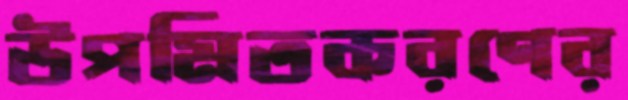
উপমিতকরণের